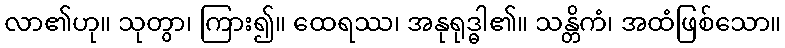
လာ၏ဟု။ သုတွာ၊ ကြား၍။ ထေရဿ၊ အနုရုဒ္ဓါ၏။ သန္တိကံ၊ အထံဖြစ်သော။